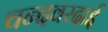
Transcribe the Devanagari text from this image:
चन्दवरदाई